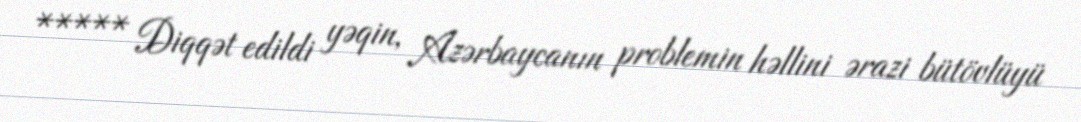
***** Diqqət edildi yəqin, Azərbaycanın problemin həllini ərazi bütövlüyü